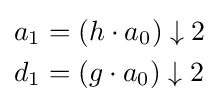
{\begin{aligned}a_{1}&=(h\cdot a_{0})\downarrow 2\\d_{1}&=(g\cdot a_{0})\downarrow 2\end{aligned}}